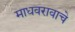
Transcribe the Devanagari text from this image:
माधवरावाचे